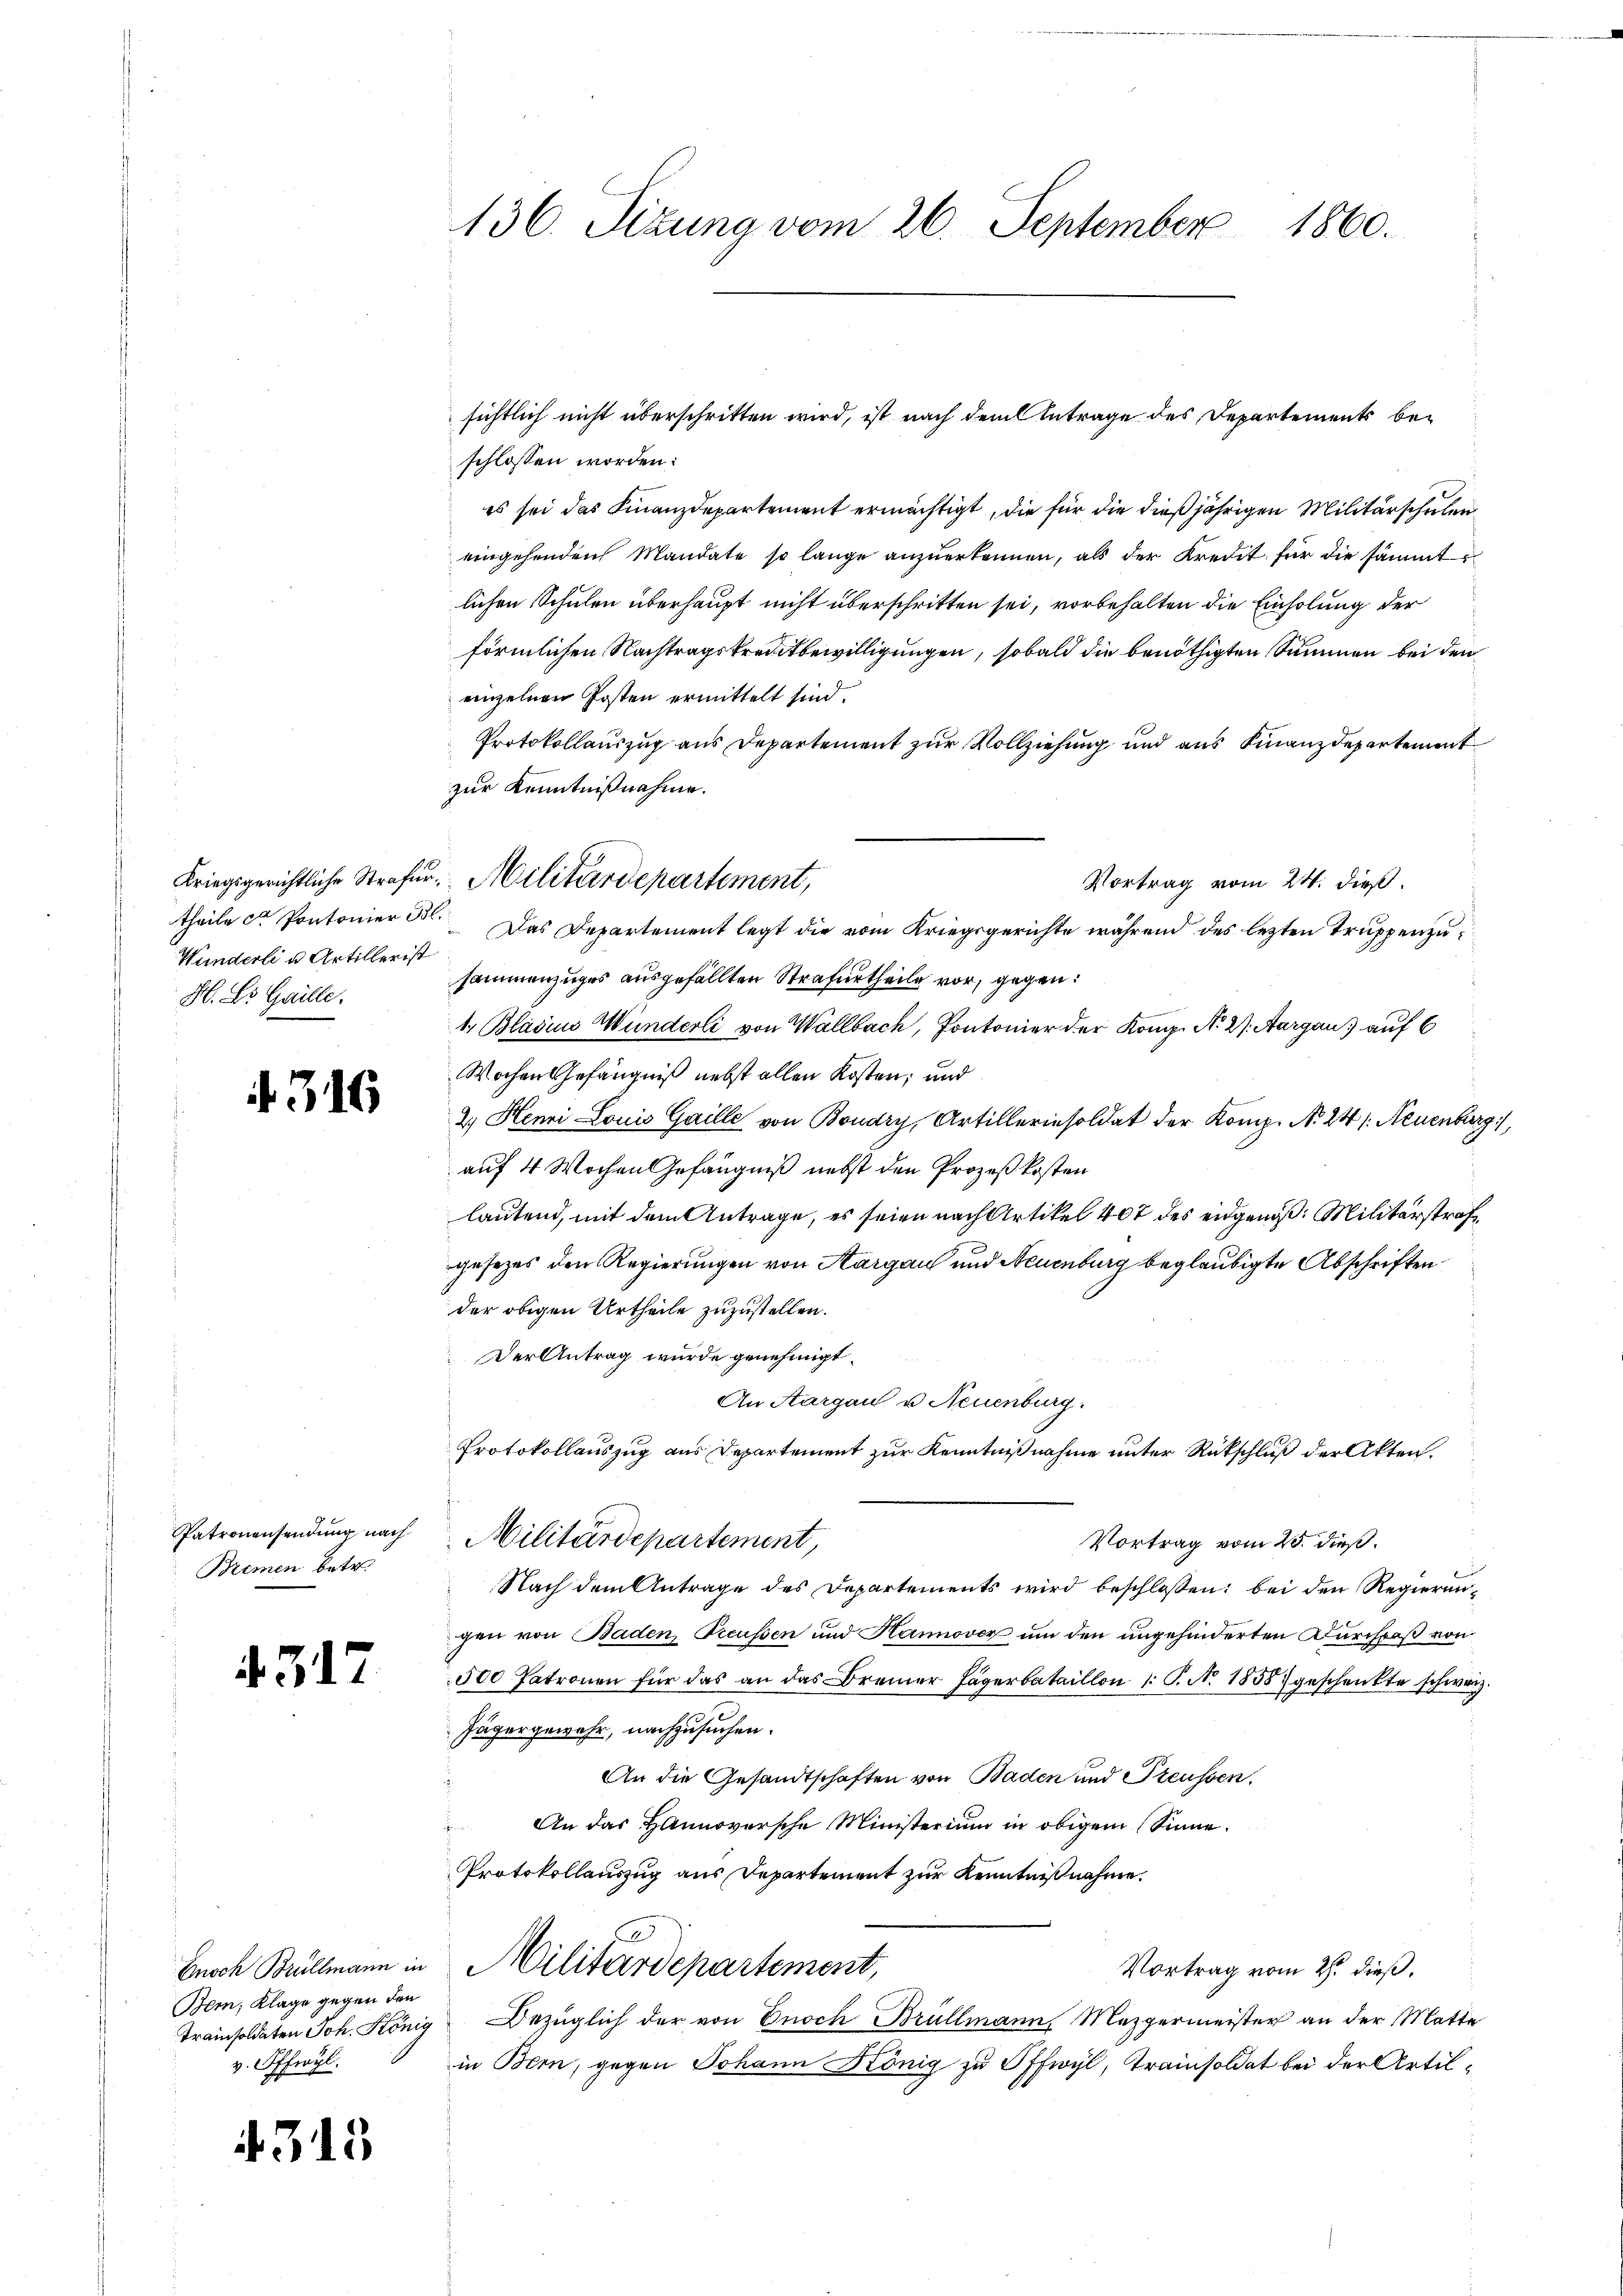
Wunderli u. Artillerist
H. Dr Gaille.

316

Patronensendung nach
Bremen betr.

4.317

Gnoch Brüllmann in
Bern, Klage gegen den
Trainsoldaten Joh. König
v. Offwyl.

. 3.

l

136. Sizung vom 26. September 1860.

schlossen worden:
es sei das Finanzdepartement ermächtigt, die für die dießjährigen Militärschulen
eingehenden Mandate so lange anzuerkennen, als der Kredit für die sämmtlichen Schulen überhaupt nicht überschritten sei, vorbehalten die Einholung der
förmlichen Nachtragskreditbewilligungen, sobald die benöthigten Summen bei den
einzelnen Posten ermittelt sind.
Protokollauszug aus Departement zur Vollziehung und aus Finanzdepartement
zur Kenntnißnahme.
Vortrag vom 24. dieß.
theile ca Pontonier 33. Das Departement legt die vom Kriegsgerichte während des lezten Truppenzusammenzuges ausgefällten Strafurtheile vor, gegen:
t. Blasius Wunderli von Wallbach, Pontonier der Kong. N. 27. Aargau auf 6
Wochen Gefängniß nebst allen Kosten; und
2. Henri Louis Gaille von Boudry, Artillerinsoldat der Komp. N. 24 /: Neuenburg
auf 4 Wochen Gefängniß nebst den Prozeßkosten
lautend, mit dem Antrage, es seien nach Artikel 407 des eidgenoß: Militärstrafgesezes den Regierungen von Aargau und Neuenburg beglaubigte Abschriften
der obigen Urtheile zuzustellen.
Der Antrag wurde genehmigt.
An Aargau u. Neuenburg.
Protokollauszug aus Departement zur Kenntnißnahme unter Rückschluß der Akten.
Militärdepartement,
Vortrag vom 20. dieß.
Nach dem Antrage des Departements wird beschlossen: bei den Regierungen von Baden, Preussen und Hannover um den ungehinderten Durchpaß von
500 Patronen für das an das Bremer Jägerbataillon /: P. N. 1858 geschenkte schweiz.
Jägergewehr, nachzusuchen.
An die Gesandtschaften von Baden und Preussen.
An das Hannoversche Ministerium in obigem Sinne.
Protokollauszug aus Departement zur Kenntnißnahme.
Militärdepartement,
Vortrag vom 27. dieß.
Bezüglich der von Onoch Brüllmann, Mezgermeister an der Matte
in Bern, gegen Johann König zu Offwyl, Trainsoldat bei der Artil¬

Kriegsgerichtliche Strafer. Militärdepartement,

sichtlich nicht überschritten wird, ist nach dem Antrage des Departements be-